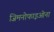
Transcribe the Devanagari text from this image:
जिमनोफाइओना